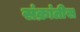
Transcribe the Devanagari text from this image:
संक्रांतीस